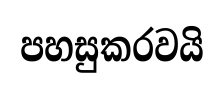
පහසුකරවයි